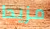
مزيدا